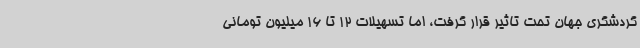
گردشگری جهان تحت تاثیر قرار گرفت، اما تسهیلات 12 تا 16 میلیون تومانی